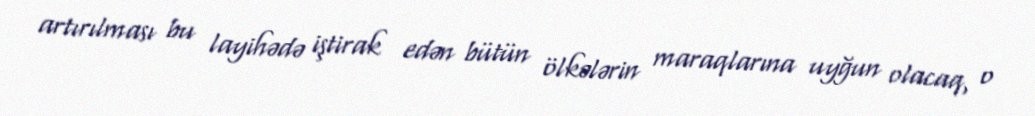
artırılması bu layihədə iştirak edən bütün ölkələrin maraqlarına uyğun olacaq, o